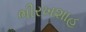
ભીરખશાહ